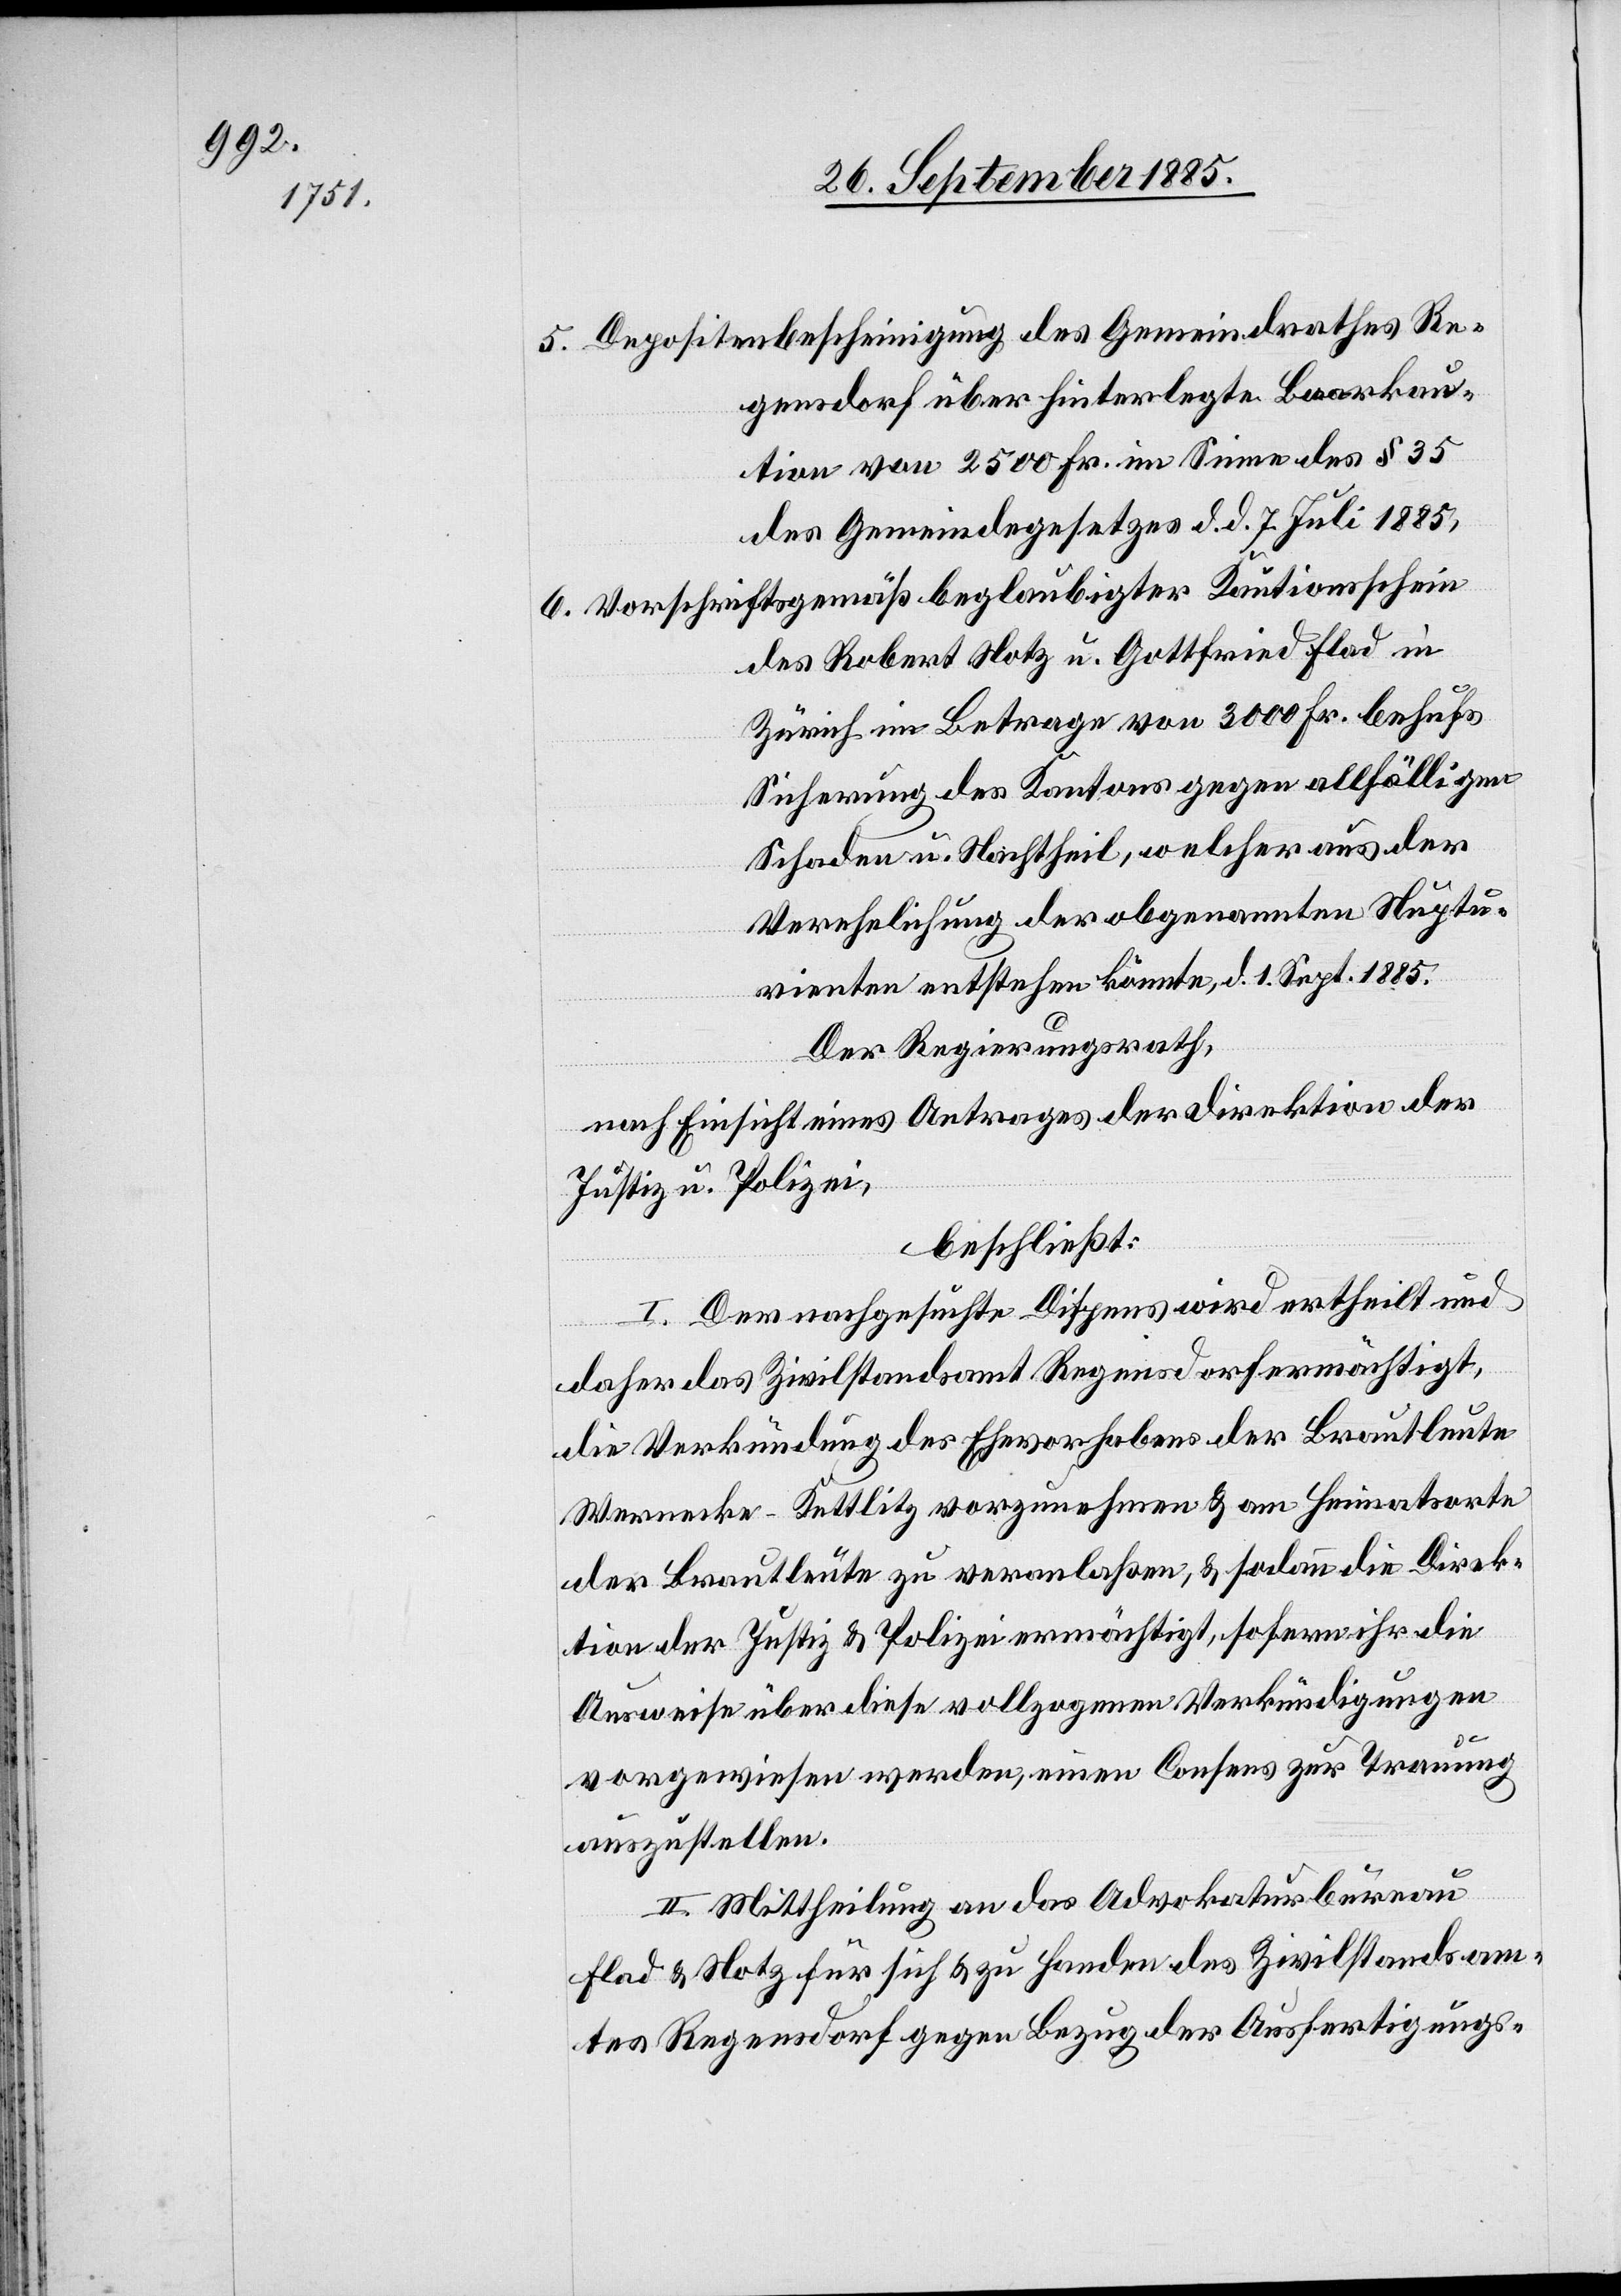
5. Depositenbescheinigung des Gemeindrathes Re¬
gensdorf über hinterlegte Baarkau¬
tion von 2500 Fr. im Sinne des § 35
des Gemeindegesetzes d. d. 7. Juli 1885,
6. Vorschriftsgemäß beglaubigter Kautionsschein
des Robert Notz u. Gottfried Flad in
Zürich im Betrage von 3000 Fr. behufs
Sicherung des Kantons gegen allfälligen
Schaden u. Nachtheil, welcher aus der
Verehelichung der obgenannten Nuptu¬
rienten entstehen könnte, d. d. 1. Sept. 1885.
Der Regierungsrath,
nach Einsicht eines Antrages der Direktion der
Justiz u. Polizei,
beschließt:
I. Der nachgesuchte Dispens wird ertheilt und
daher das Zivilstandsamt Regensdorf ermächtigt,
die Verkündung des Ehevorhabens der Brautleute
Wernecke-Kettlitz vorzunehmen & am Heimamtsorte
der Brautleute zu veranlaßen, & sodann die Direk¬
tion der Justiz & Polizei ermächtigt, sofern ihr die
Ausweise über diese vollzogenen Verkündigungen
vorgewiesen werden, einen Consens zur Trauung
auszustellen.
II. Mittheilung an das Advokaturbureau
Flad & Notz für sich & zu Handen des Zivilstandsam¬
tes Regensdorf gegen Bezug der Ausfertigungs-